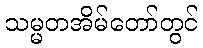
သမ္မတအိမ်တော်တွင်